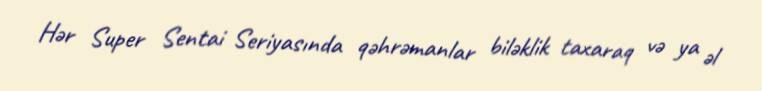
Hər Super Sentai Seriyasında qəhrəmanlar biləklik taxaraq və ya əl